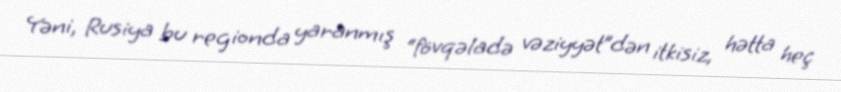
Yəni, Rusiya bu regionda yaranmış “fövqəladə vəziyyət”dən itkisiz, hətta heç